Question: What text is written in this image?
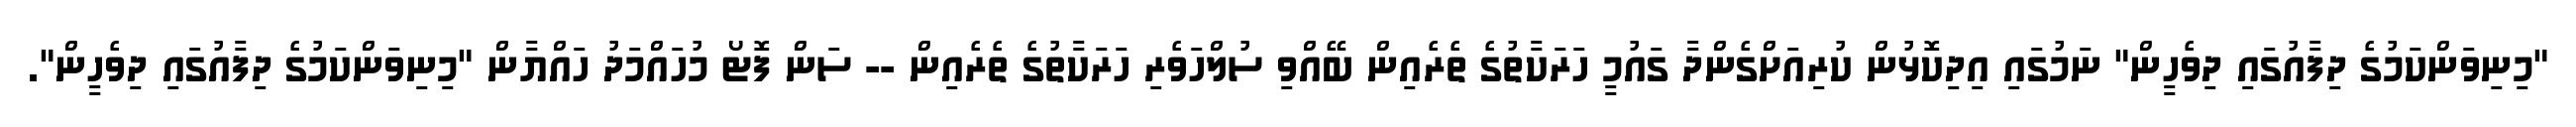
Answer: "މިނިވަންކަމުގެ ދިފާއުގައި ދިވެހީން" ނަމުގައި އިދިކޮޅުން ކުރިއަށްގެންދާ ގައުމީ ހަރަކާތުގެ ތެރެއިން ބޭއްވި ސުލްހަވެރި ހަރަކާތުގެ ތެރެއިން -- ސަން ފޮޓޯ މުހައްމަދު ހައްޔާން "މިނިވަންކަމުގެ ދިފާއުގައި ދިވެހީން".